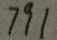
7 9 1